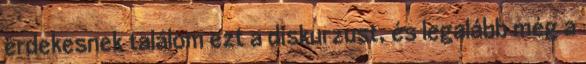
érdekesnek találom ezt a diskurzust, és legalább még a